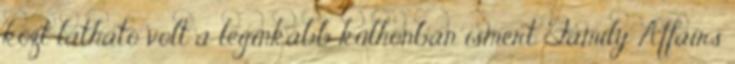
közt látható volt a leginkább külhonban ismert Family Affairs